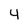
Character: 4